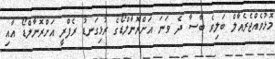
މޮޅުވެއްޖެރެއާލް ބަލިވެ ބާސާ ދެ ވަނަ އަށްރޮނާލްޑޯގެ ރުޅިގަނޑު ރެފްރީ އަށްރޮނާލްޑޯ އާއި